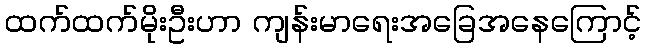
ထက်ထက်မိုးဦးဟာ ကျန်းမာရေးအခြေအနေကြောင့်